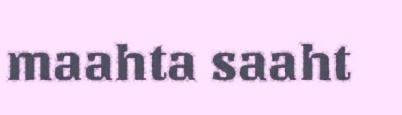
maahta saaht